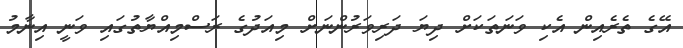
އޭގެ ތެރެއިން އެކި ވަަނަތަކަށް ދިޔަ ދަރިވަރުންނަށް މިއަދުގެ ރަސްމިއްޔާތުގައި ވަނީ އިނާމު